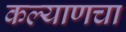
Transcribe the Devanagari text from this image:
कल्याणचा